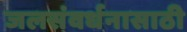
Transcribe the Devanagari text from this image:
जलसंवर्धनासाठी